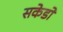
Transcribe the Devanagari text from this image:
सकेडो